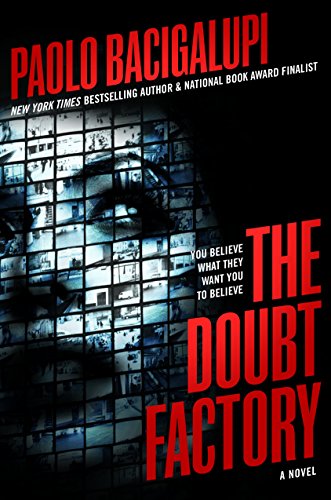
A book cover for The Doubt Factory; Paolo Bacigalupi; Teen & Young Adult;